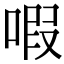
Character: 㗇